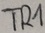
Text: TR`